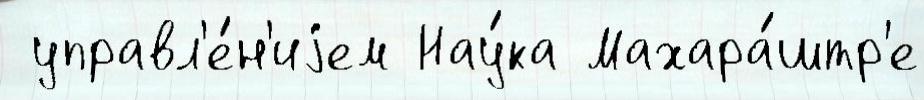
 управл'е́н'иjем Нау́ка Махара́штр'е